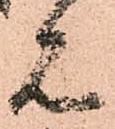
見